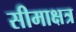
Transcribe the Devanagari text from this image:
सीमाक्षत्र